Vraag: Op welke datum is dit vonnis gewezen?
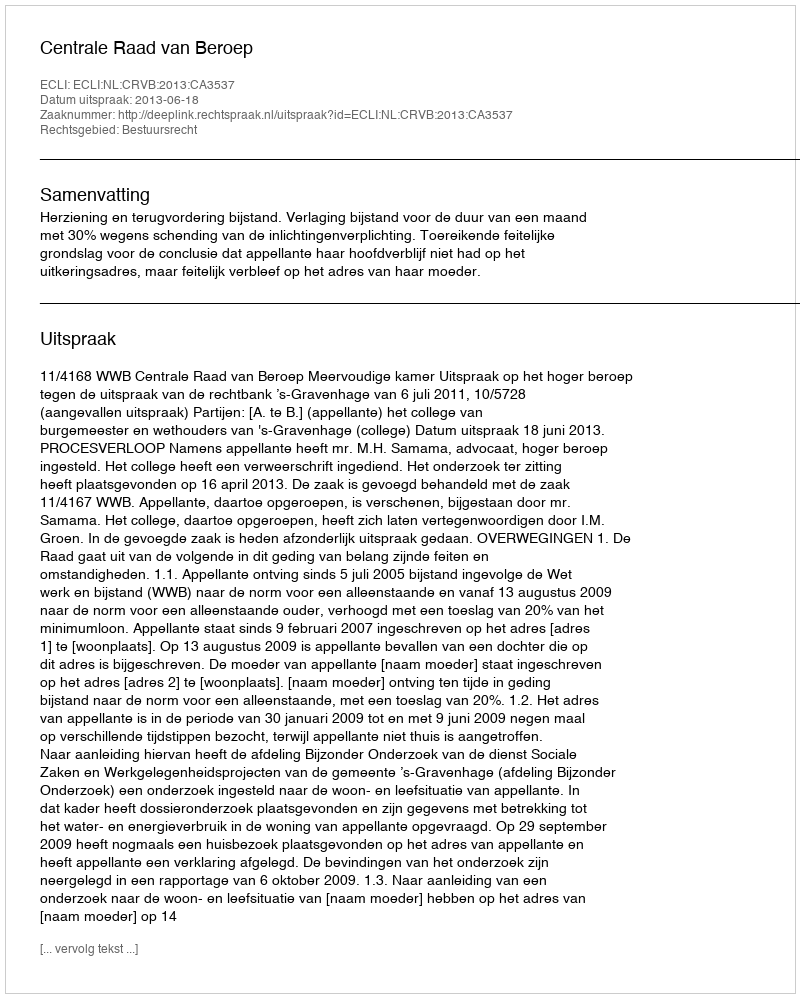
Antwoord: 2013-06-18